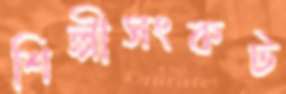
শিল্পীসংকট